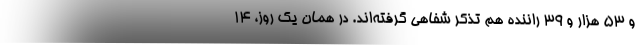
و ۵۳ هزار و ۳۹ راننده هم تذکر شفاهی گرفته‌اند. در همان یک روز، ۱۴